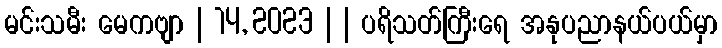
မင်းသမီး မေကဗျာ | 14, 2023 | | ပရိသတ်ကြီးရေ အနုပညာနယ်ပယ်မှာ